Lunatic asylums in Bengal annual reports 1888-1898 - 1888-1898
Year: 1888
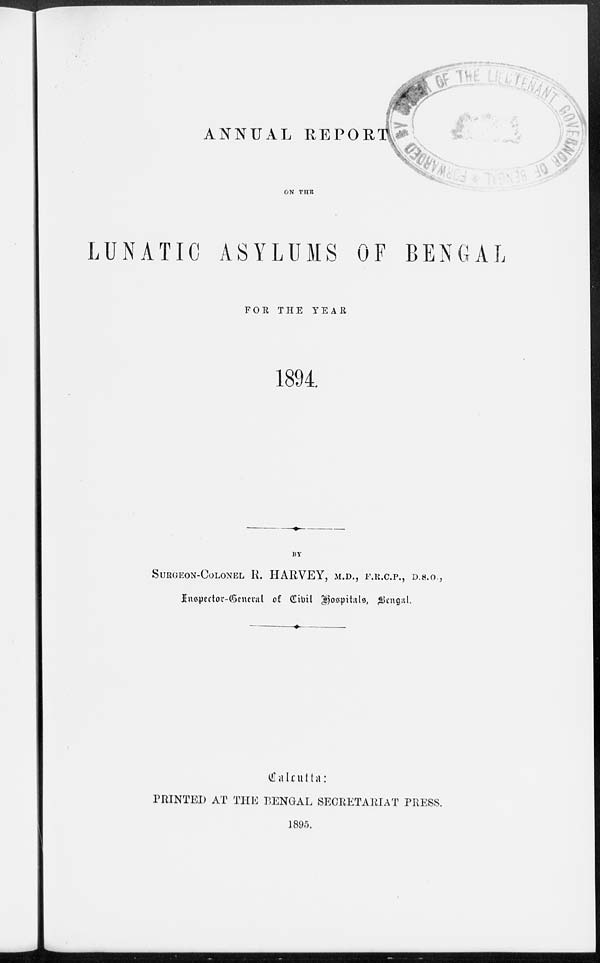
ANNUAL REPORT
ON THE
LUNATIC ASYLUMS OF BENGAL
FOR THE YEAR
1894.
BY
SURGEON—COLONEL R. HARVEY, M.D., F.R.C.P., D.S.O.,
Inspector—General of Civil Hospitals, Bengal.
Calcutta:
PRINTED AT THE BENGAL SECRETARIAT PRESS.
1895.